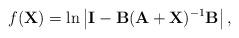
LaTeX: \begin{align*}f({\rm {\bf X}})=\ln \left| {{\rm{\bf I}}-{\rm {\bf B}}({\rm {\bf A}}+{\rm {\bf X}})^{-1}{\rm {\bf B}}}\right|,\end{align*}